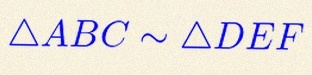
\triangle ABC\sim\triangle DEF